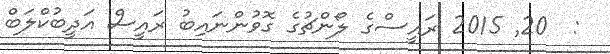
:  20